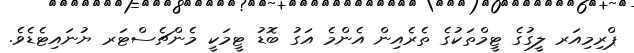
ޕްރިމިއަރ ލީގުގެ ޓީމްތަކުގެ ތެރެއިން އެންމެ އަގު ބޮޑު ޓީމަކީ މެންޗެސްޓަރ ޔުނައިޓެޑެވެ.